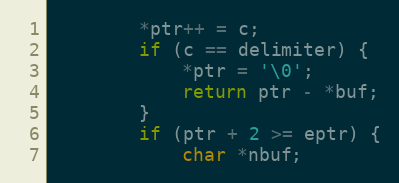
Language: C
		*ptr++ = c;
		if (c == delimiter) {
			*ptr = '\0';
			return ptr - *buf;
		}
		if (ptr + 2 >= eptr) {
			char *nbuf;